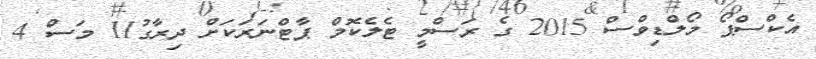
އެކްސްޕޯ މޯލްޑިވްސް 2015 ގެ ރަސްމީ ޓެލެކޮމް ޕާޓްނަރަކަށް ދިރާގު11 މަސް 4